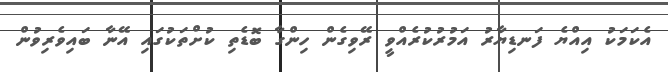
އެކަމަކު އިއްޔެ ފަނޑިޔާރު އަމުރުކުރެއްވީ ރޭވިގެން ހިންގާ ބޮޑެތި ކުށްތަކުގައި އޭނާ ބައިވެރިވުން